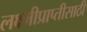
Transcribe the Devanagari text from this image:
लक्ष्मीप्राप्तीसाठी